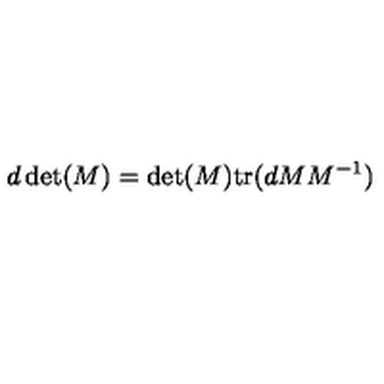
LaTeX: d \det ( M ) = \det ( M ) \mathrm { t r } ( d M M ^ { - 1 } ) \nonumber